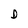
Character: D